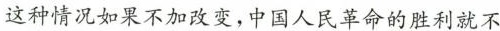
这种情况如果不加改变，中国人民革命的胜利就不